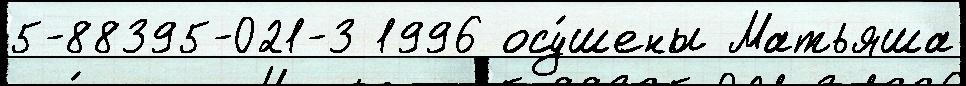
5-88395-021-3 1996 осу́шены Матьяша